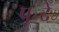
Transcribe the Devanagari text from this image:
पू॰दे॰